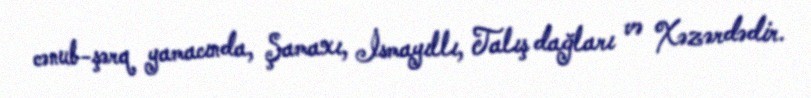
cənub-şərq yamacında, Şamaxı, İsmayıllı, Talış dağları və Xəzərdədir.